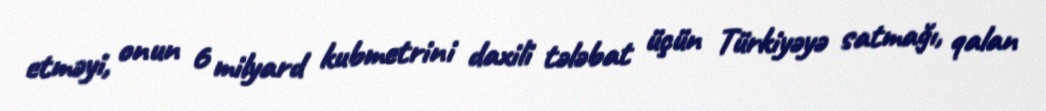
etməyi, onun 6 milyard kubmetrini daxili tələbat üçün Türkiyəyə satmağı, qalan